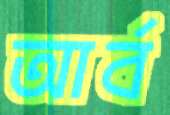
আর্ব